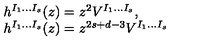
\begin{array} { l } { h ^ { I _ { 1 } \ldots I _ { s } } ( z ) = z ^ { 2 } V ^ { I _ { 1 } \ldots I _ { s } } , } \\ { h ^ { I _ { 1 } \ldots I _ { s } } ( z ) = z ^ { 2 s + d - 3 } V ^ { I _ { 1 } \ldots I _ { s } } } \\ \end{array}